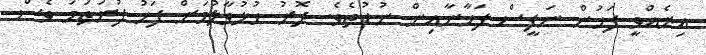
އިރެއްވީ ފަހުން ނަފީސް ފަހާނާއިން ނުކުތެވެ. ދޮރު ހުޅުވާލުމަށް ފަހު ފުރަތަމަ ވެސް